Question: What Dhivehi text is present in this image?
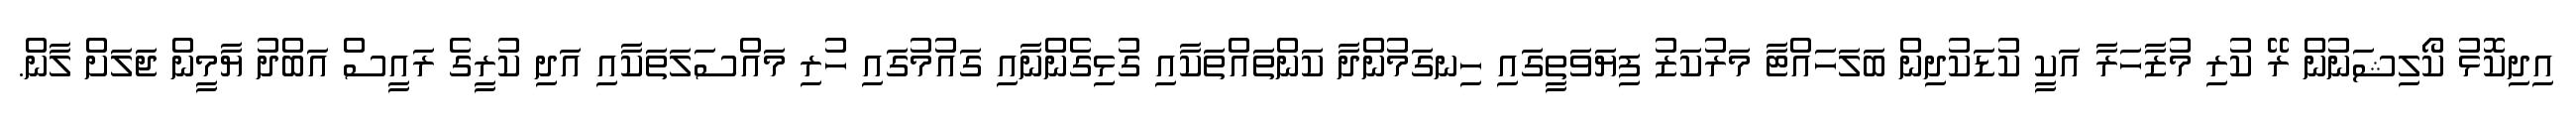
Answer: އިދިކޮޅު ކޯލިޝަނުން ރޭ ކުރި މުޒާހަރާ އަކީ ކުޑަކުދިން ބަލަހައްޓާ މަރުކަޒު ފިޔަވަތީގައި ހިނގަމުންދާ ކަންތައްތަކާއި ގުޅިގެންނާއި ގައުމުގައި ހުރި މައްސަލަތަކާއި އަދި ކުރީގެ ރައީސް އަބްދު ޔާމީން ޖަލަށް ލާން.